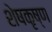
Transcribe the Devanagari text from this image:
शेषकृष्ण